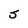
Character: S